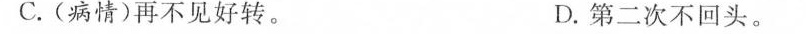
C.(病情)再不见好转。 D.第二次不回头。